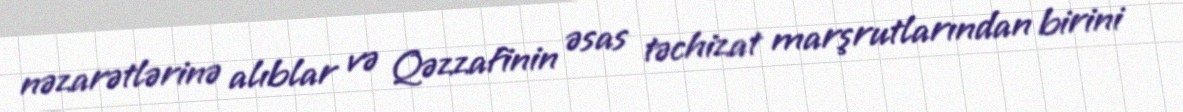
nəzarətlərinə alıblar və Qəzzafinin əsas təchizat marşrutlarından birini